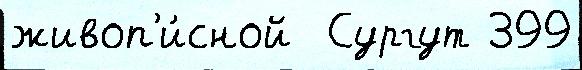
живоп'и́сной  Сургут 399